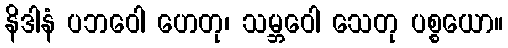
နိဒါနံ ပဘဝေါ ဟေတု၊ သမ္ဘဝေါ သေတု ပစ္စယော။